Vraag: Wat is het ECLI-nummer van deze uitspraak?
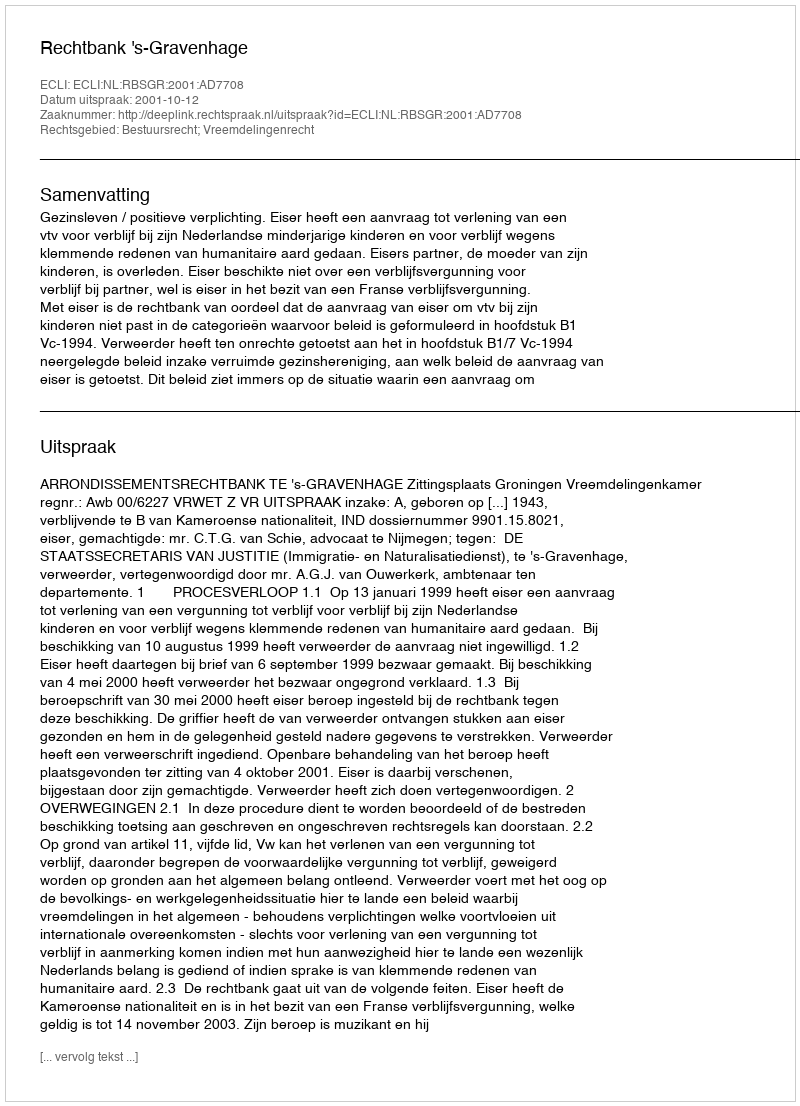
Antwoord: ECLI:NL:RBSGR:2001:AD7708